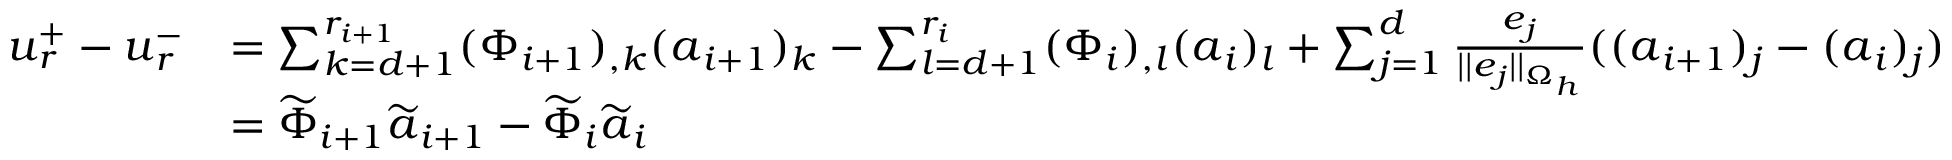
\begin{array} { r l } { \boldsymbol { u } _ { r } ^ { + } - \boldsymbol { u } _ { r } ^ { - } } & { = \sum _ { k = d + 1 } ^ { r _ { i + 1 } } ( \Phi _ { i + 1 } ) _ { , k } ( \boldsymbol { a } _ { i + 1 } ) _ { k } - \sum _ { l = d + 1 } ^ { r _ { i } } ( \Phi _ { i } ) _ { , l } ( \boldsymbol { a } _ { i } ) _ { l } + \sum _ { j = 1 } ^ { d } \frac { \boldsymbol { e } _ { j } } { | | \boldsymbol { e } _ { j } | | _ { \Omega _ { h } } } ( ( \boldsymbol { a } _ { i + 1 } ) _ { j } - ( \boldsymbol { a } _ { i } ) _ { j } ) } \\ & { = \widetilde { \Phi } _ { i + 1 } \widetilde { \boldsymbol { a } } _ { i + 1 } - \widetilde { \Phi } _ { i } \widetilde { \boldsymbol { a } } _ { i } } \end{array}